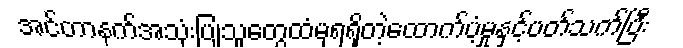
အင်တာနက်အသုံးပြုသူတွေထံမှရရှိတဲ့ထောက်ပံ့မှုနှင့်ပတ်သက်ပြီး